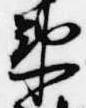
衛